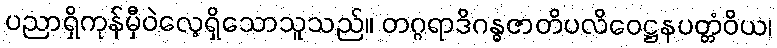
ပညာရှိကုန်မှီဝဲလေ့ရှိသောသူသည်။ တဂ္ဂရာဒိဂန္ဓဇာတိပလိဝေဋ္ဌနပတ္တံဝိယ၊